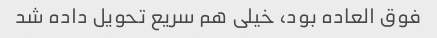
فوق العاده بود، خیلی هم سریع تحویل داده شد